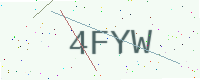
Text: 4FYW